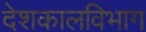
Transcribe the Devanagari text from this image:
देशकालविभाग